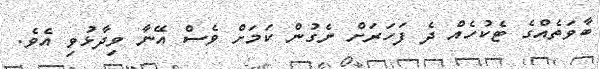
ބާވަތެއްގެ ޓެކުހެއް ދެ ފަހަރަށް ނެގުން ކަމަށް ވެސް އޭނާ ވިދާޅުވި އެވެ.